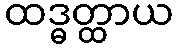
ထဒ္ဓတ္ထာယ